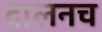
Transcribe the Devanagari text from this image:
दालनच